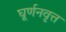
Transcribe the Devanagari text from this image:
घूर्णनवृत्त